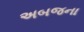
અબજના